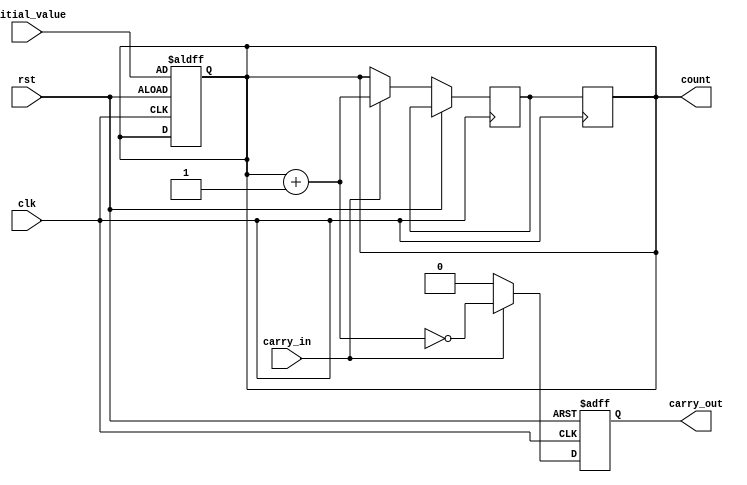
module synchronous_counter(
    input wire clk,
    input wire rst,
    input wire carry_in,
    input wire [N-1:0] initial_value,
    output reg [N-1:0] count,
    output reg carry_out
);

parameter N = 8; // Number of bits to represent the count value

reg [N-1:0] next_count;

always @(posedge clk or posedge rst) begin
    if (rst) begin
        count <= initial_value;
        carry_out <= 0;
    end else begin
        if (carry_in) begin
            next_count = count + 1;
            carry_out <= (next_count == 0);
        end else begin
            next_count = count;
            carry_out <= 0;
        end
    end
end

always @(posedge clk) begin
    count <= next_count;
end

endmodule